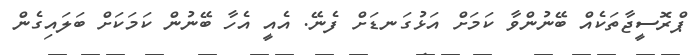
ޕްރޮސީޖާތަކެއް ބޭނުންވާ ކަމަށް އަޅުގަނޑަށް ފެނޭ. އެއީ އެހާ ބޭނުން ކަމަކަށް ބަލައިގެން